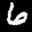
Label: 6